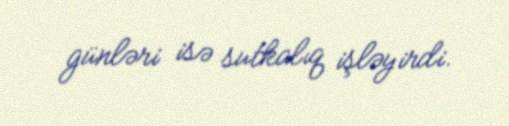
günləri isə sutkalıq işləyirdi.